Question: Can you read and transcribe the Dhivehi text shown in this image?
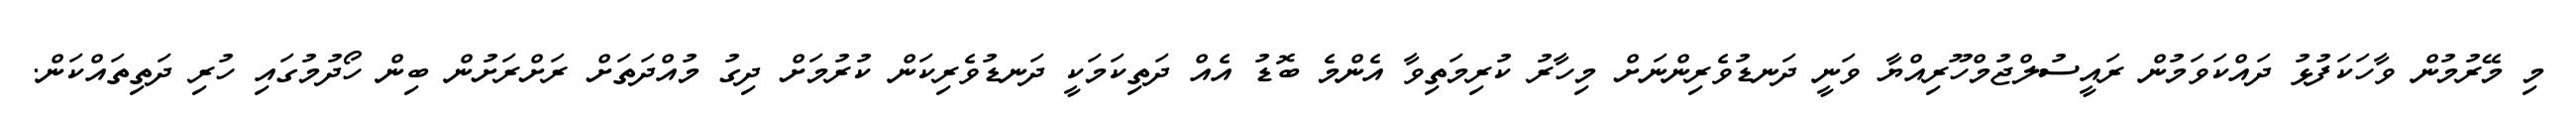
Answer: މި މޭރުމުން ވާހަކަފުޅު ދައްކަވަމުން ރައީސުލްޖުމްހޫރިއްޔާ ވަނީ ދަނޑުވެރިންނަށް މިހާރު ކުރިމަތިވާ އެންމެ ބޮޑު އެއް ދަތިކަމަކީ ދަނޑުވެރިކަން ކުރުމަށް ދިގު މުއްދަތަށް ރަށްރަށުން ބިން ހޯދުމުގައި ހުރި ދަތިތައްކަން.